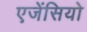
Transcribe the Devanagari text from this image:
एजेंसियो